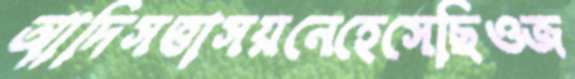
আদিসত্তাসয়নেহেসেছিওজ